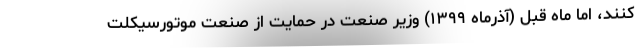
کنند، اما ماه قبل (آذرماه ۱۳۹۹) وزیر صنعت در حمایت از صنعت موتورسیکلت